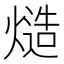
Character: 𰟔